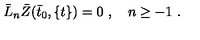
{ \bar { L } } _ { n } { \bar { Z } } ( { \bar { t } } _ { 0 } , \{ t \} ) = 0 \ , \quad n \ge - 1 \ .